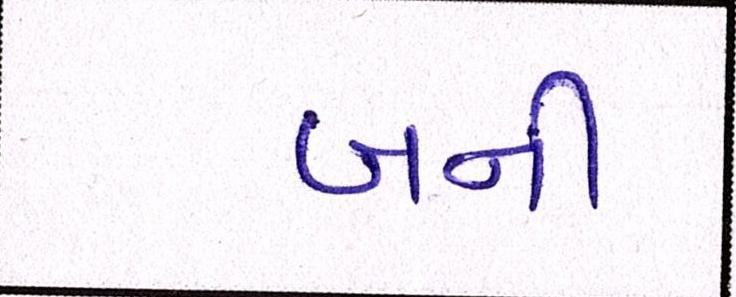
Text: બની